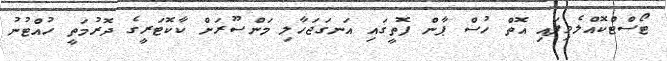
ޓޯސްްޓްކޮއްލެވިފައި އޮތް ހުސް ޕާން ފޮތީގައި އަނގަޖަހާލި މަންސޫރަށް ކާކޮޓަރީގެ ދޮރުމަތީ ހުއްޓުނު